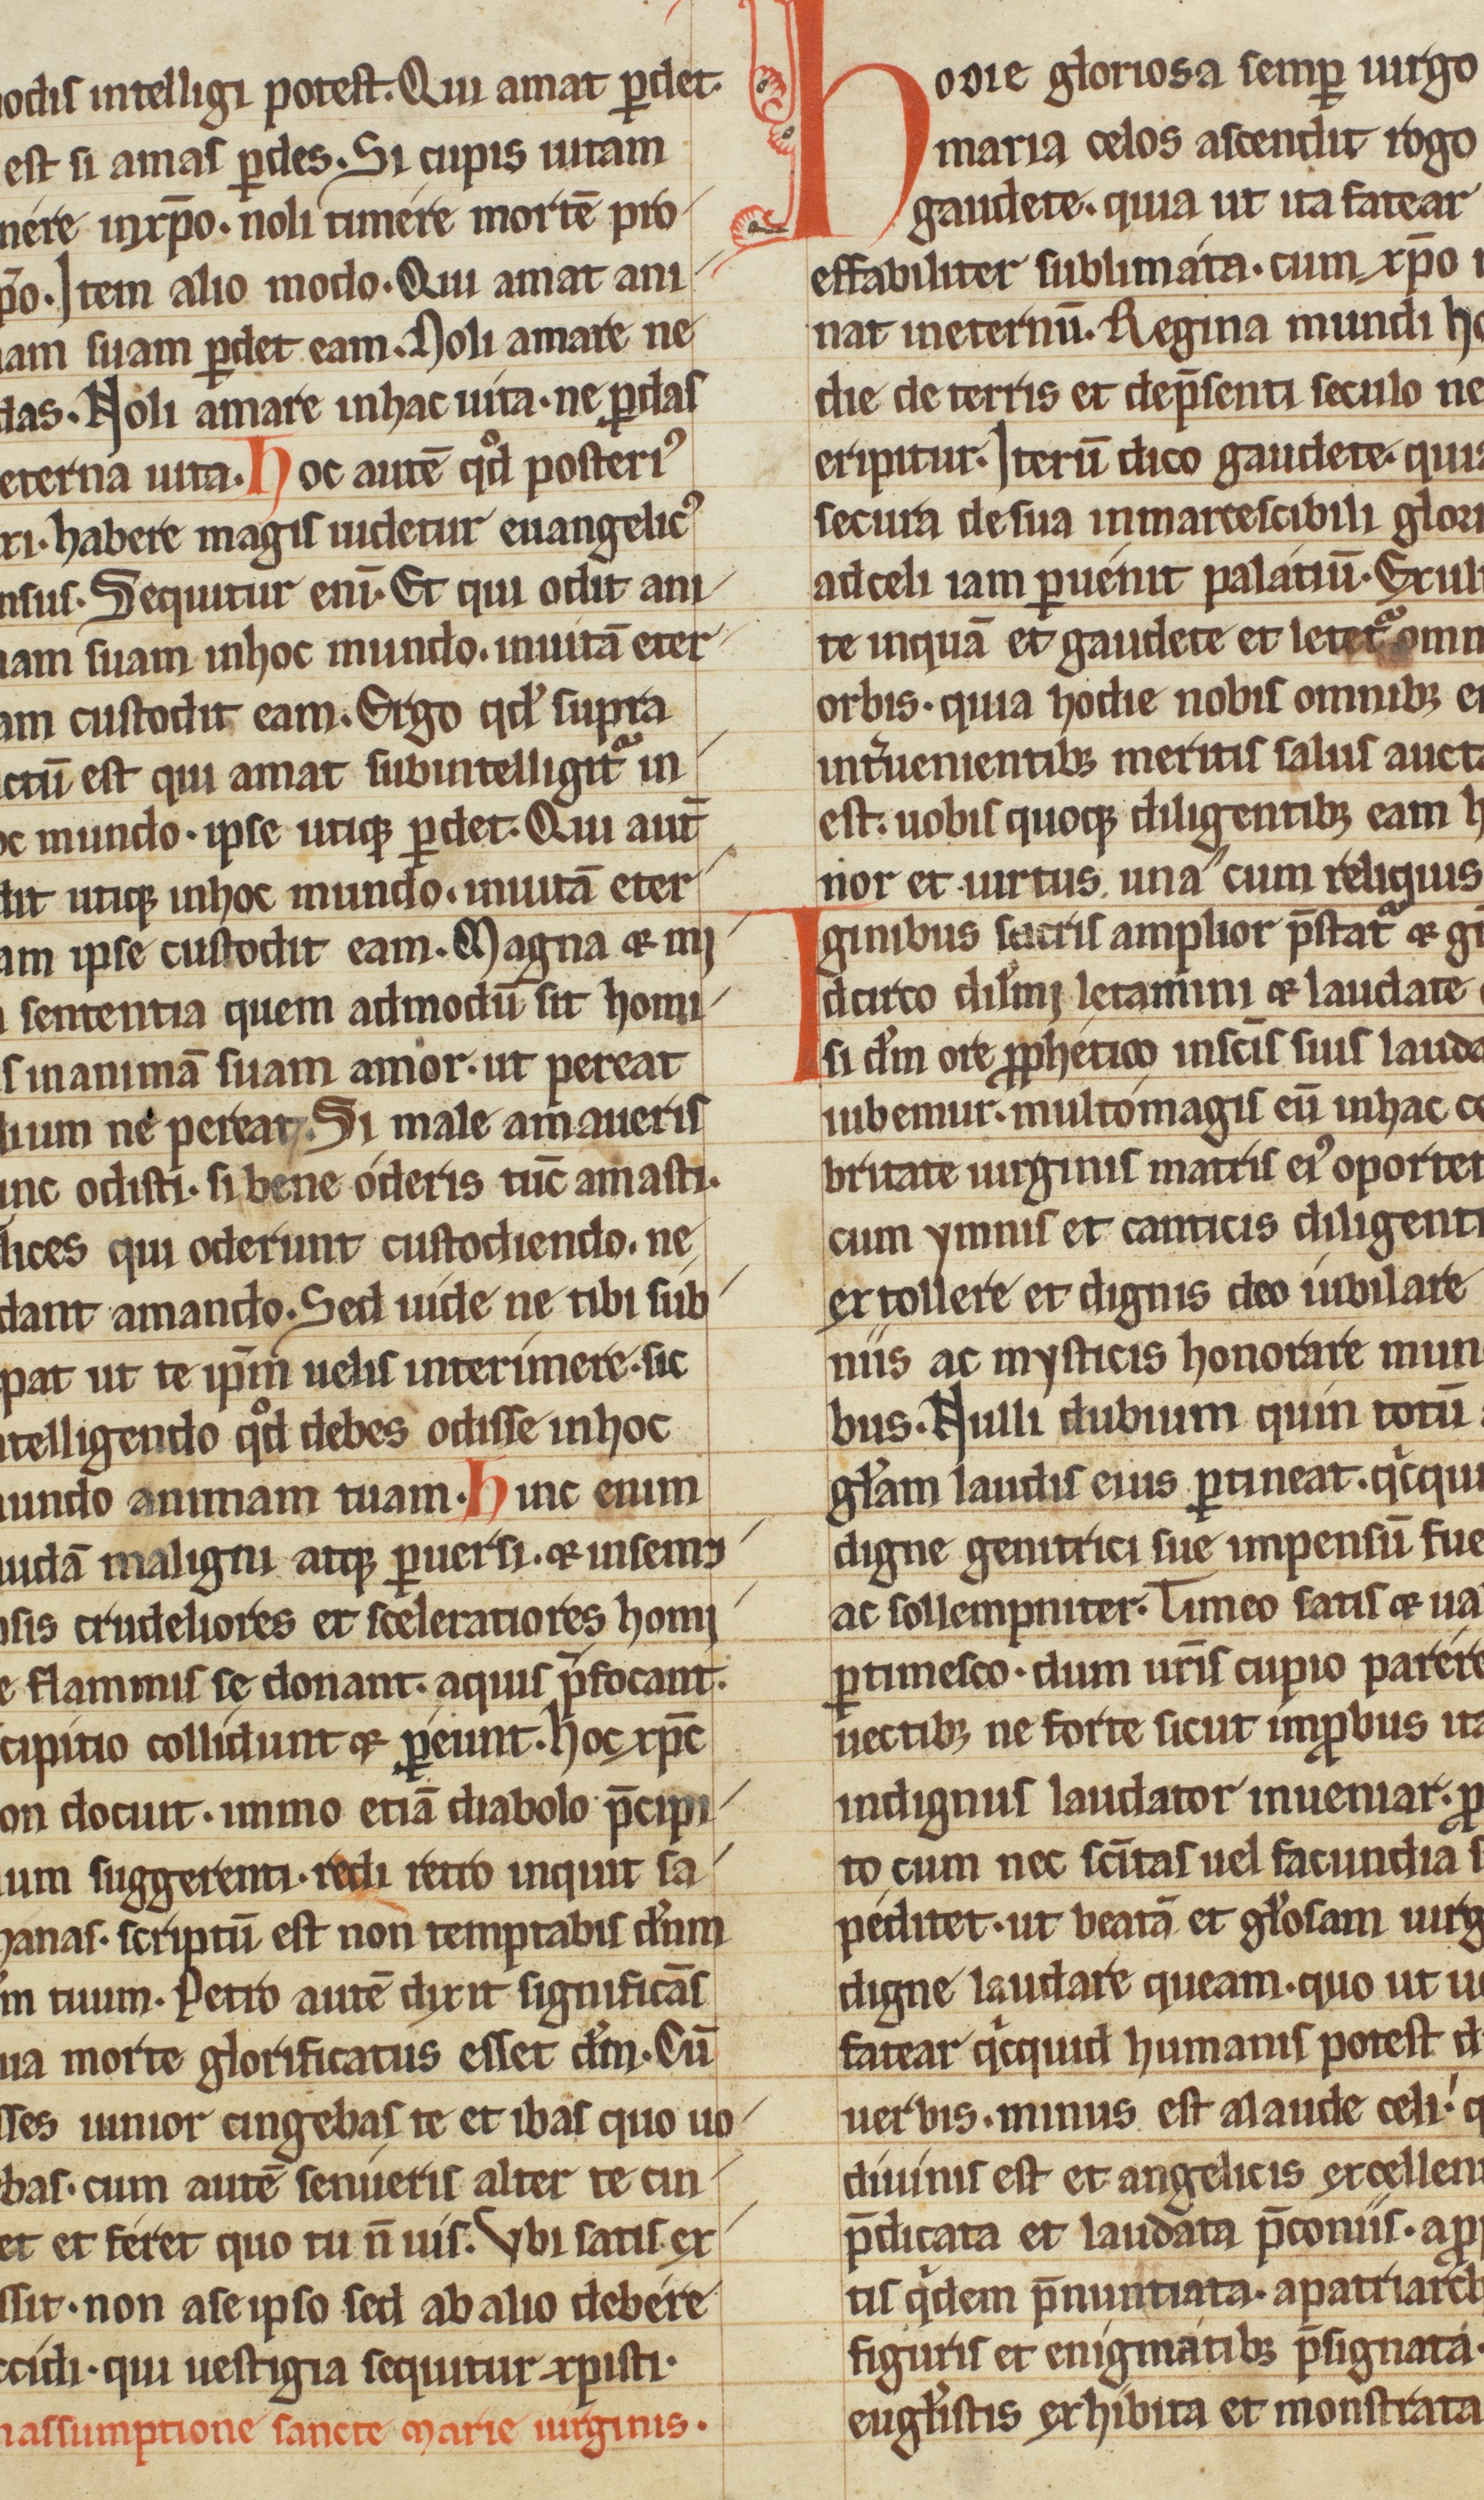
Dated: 1200–1299